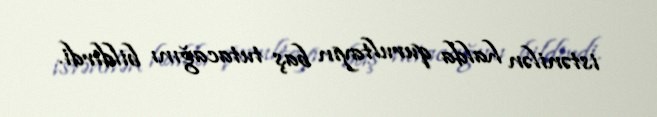
istənilən halda qurultayın baş tutacağını bildirdi.